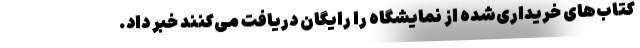
کتاب‌های خریداری‌شده از نمایشگاه را رایگان دریافت می‌کنند خبر داد.